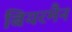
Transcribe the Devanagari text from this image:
बियरमैन